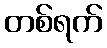
တစ်ရက်